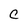
Character: C